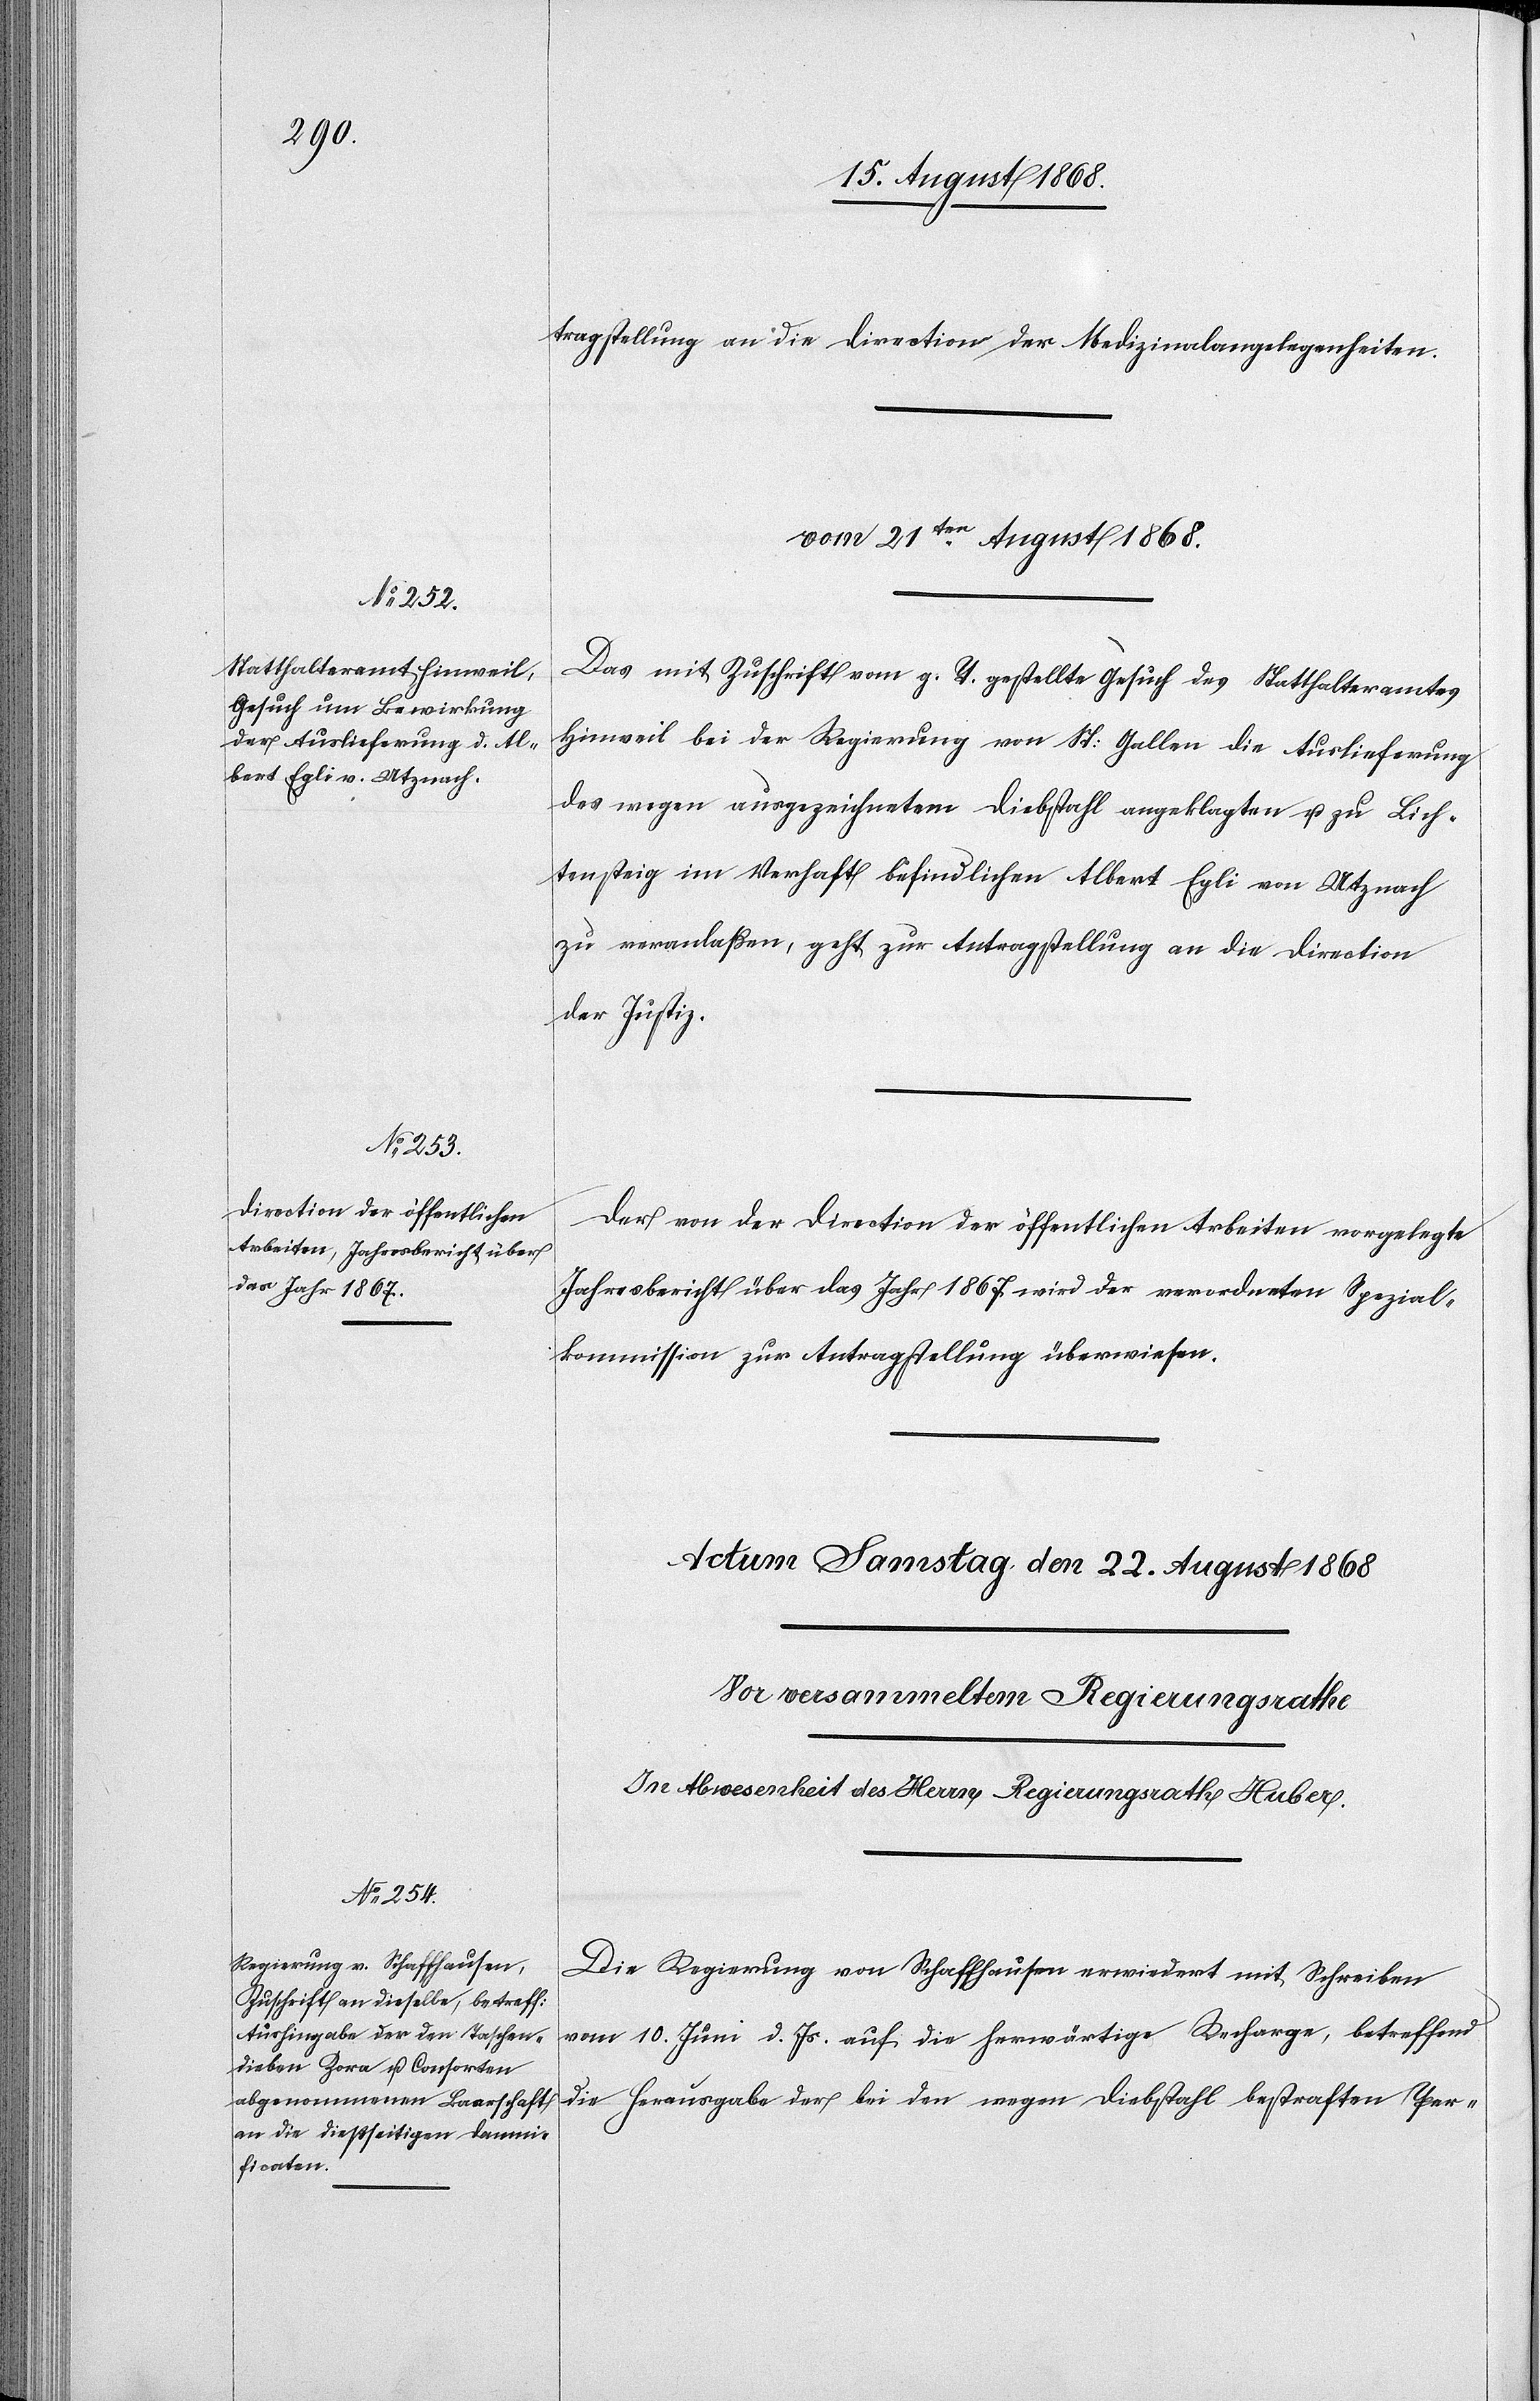
tragstellung an die Direction der Medizinalangelegenheiten.
vom 21ten August 1868.]
Das mit Zuschrift vom g. T. gestellte Gesuch des Statthalteramtes
Hinweil bei der Regierung von St: Gallen die Auslieferung
des wegen ausgezeichnetem Diebstahl angeklagten u. zu Lich¬
tensteig im Verhaft befindlichen Albert Egli von Utznach
zu veranlaßen, geht zur Antragstellung an die Direction
der Justiz.
Der von der Direction der öffentlichen Arbeiten vorgelegte
Jahresbericht über das Jahr 1867 wird der verordneten Spezial¬
kommission zur Antragstellung überwiesen.
Die Regierung von Schaffhausen erwiedert mit Schreiben
vom 10. Juni d. Js. auf die herwärtige Recharge, betreffend
die Herausgabe der bei den wegen Diebstahl bestraften Per-